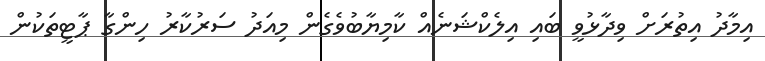
އިމާދު އިތުރަށް ވިދާޅުވީ ބައި އިލެކްޝަނެއް ކާމިޔާބުވެގެން މިއަދު ސަރުކާރު ހިންގާ ޕާޓީތަކުން